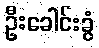
ဦးခေါင်းခွံ